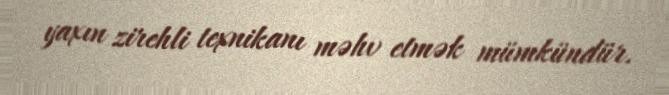
yaxın zirehli texnikanı məhv etmək mümkündür.